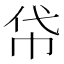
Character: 帒